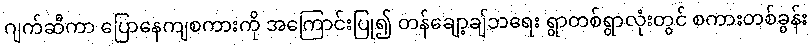
ဂျက်ဆီကာ ပြောနေကျစကားကို အကြောင်းပြု၍ တန်ချော့ချ်ဘရေး ရွာတစ်ရွာလုံးတွင် စကားတစ်ခွန်း